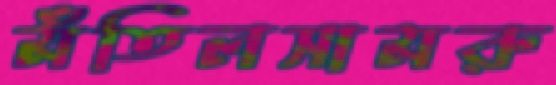
মঁতিলসামরু